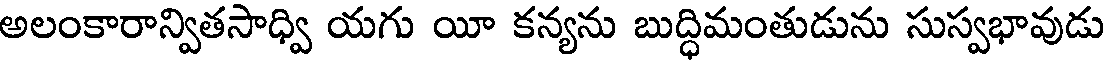
అలంకారాన్వితసాధ్వి యగు యీ కన్యను బుద్ధిమంతుడును సుస్వభావుడు